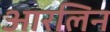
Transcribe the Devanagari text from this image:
आरलिन